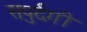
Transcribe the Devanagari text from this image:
सपुर्दगी